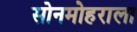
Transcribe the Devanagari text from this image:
सोनमोहराला